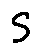
S